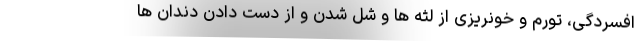
افسردگی، تورم و خونریزی از لثه ها و شل شدن و از دست دادن دندان ها